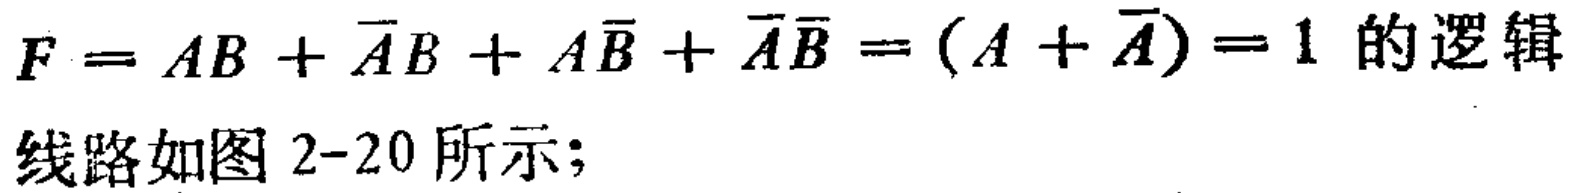
\(F = AB + \overline{A}B + A\overline{B} + \overline{A}\overline{B} = (A + \overline{A}) = 1\) 的逻辑

线路如图 2-20 所示；